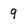
Character: 9